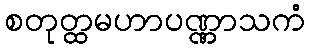
စတုတ္ထမဟာပဏ္ဏာသကံ